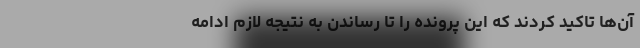
آن‌ها تاکید کردند که این پرونده را تا رساندن به نتیجه لازم ادامه